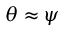
\theta \approx \psi